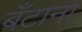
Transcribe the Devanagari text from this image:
बँटाना